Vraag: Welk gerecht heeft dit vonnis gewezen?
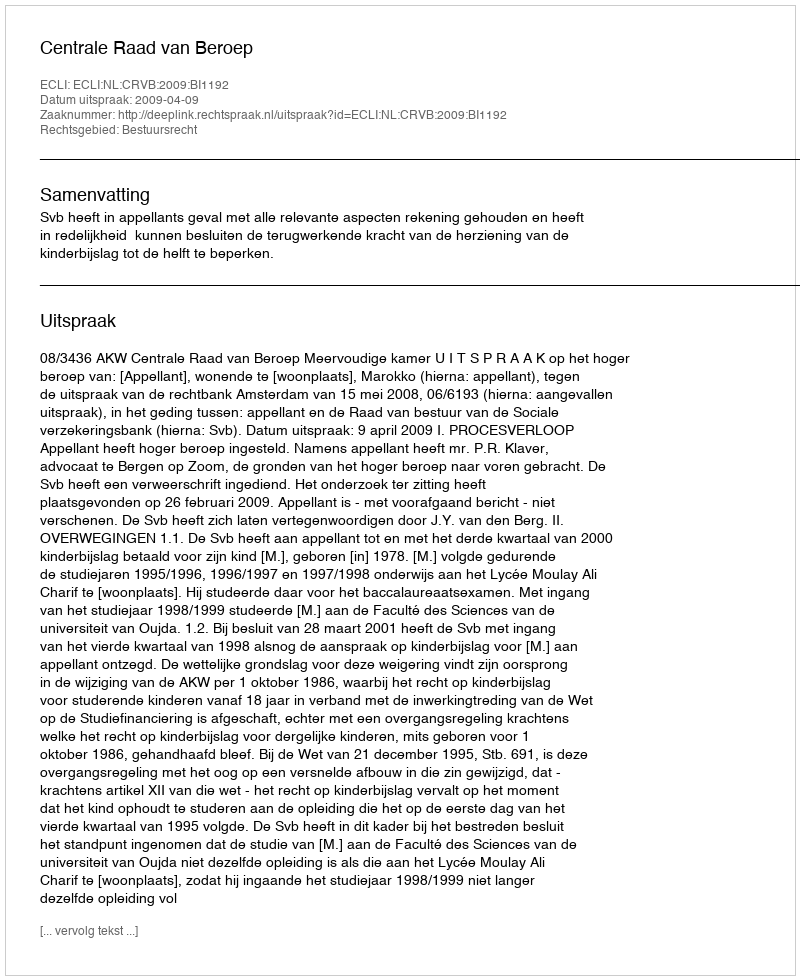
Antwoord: Centrale Raad van Beroep